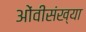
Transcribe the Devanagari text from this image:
ओंवीसंख्या